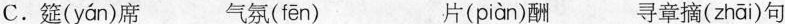
C.筵( yán )席 气氛( fēn ) 片( piàn )酬 寻章摘( zhāi )句